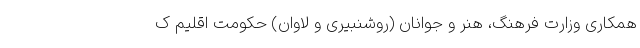
همکاری وزارت فرهنگ، هنر و جوانان (روشنبیری و لاوان) حکومت اقلیم ک